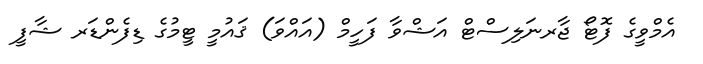
އެމްވީގެ ފޮޓޯ ޖާރނަލިސްޓް އަޝްވާ ފަހީމް (އައްވަ) ޤައުމީ ޓީމުގެ ޑިފެންޑަރ ޝާފީ